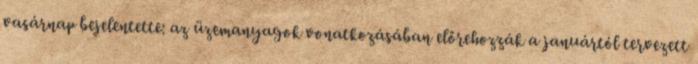
vasárnap bejelentette: az üzemanyagok vonatkozásában előrehozzák a januártól tervezett